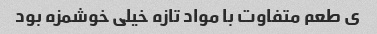
ی طعم متفاوت با مواد تازه خیلی خوشمزه بود